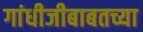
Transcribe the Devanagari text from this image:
गांधीजीबाबतच्या